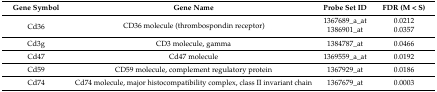
<table><thead><tr><td><b>Gene Symbol</b></td><td><b>Gene Name</b></td><td><b>Probe Set ID</b></td><td><b>FDR (M &lt; S)</b></td></tr></thead><tbody><tr><td rowspan="2">Cd36</td><td rowspan="2">CD36 molecule (thrombospondin receptor)</td><td>1367689_a_at</td><td>0.0212</td></tr><tr><td>1386901_at</td><td>0.0357</td></tr><tr><td>Cd3g</td><td>CD3 molecule, gamma</td><td>1384787_at</td><td>0.0466</td></tr><tr><td>Cd47</td><td>Cd47 molecule</td><td>1369559_a_at</td><td>0.0192</td></tr><tr><td>Cd59</td><td>CD59 molecule, complement regulatory protein</td><td>1367929_at</td><td>0.0186</td></tr><tr><td>Cd74</td><td>Cd74 molecule, major histocompatibility complex, class II invariant chain</td><td>1367679_at</td><td>0.0003</td></tr></tbody></table>